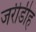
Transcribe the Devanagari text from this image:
जरीडीह